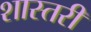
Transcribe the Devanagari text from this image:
शास्तरी